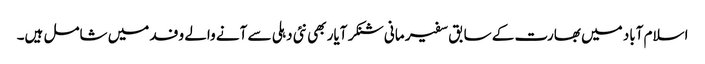
اسلام آباد میں بھارت کے سابق سفیر مانی شنکر آیار بھی نئی دہلی سے آنے والے وفد میں شامل ہیں۔